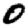
Digit: 0